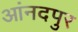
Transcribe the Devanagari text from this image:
आंनदपुर